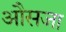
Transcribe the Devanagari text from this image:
औसजा